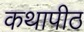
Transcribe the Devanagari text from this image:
कथापीठ